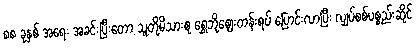
၈၈ ခုနှစ် အရေး အခင်းပြီးတော့ သူတို့မိသားစု ရွှေဘိုဈေးတန်းရပ် ပြောင်းလာပြီး လျှပ်စစ်ပစ္စည်းဆိုင်